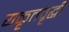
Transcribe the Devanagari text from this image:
यकृतवृद्धी